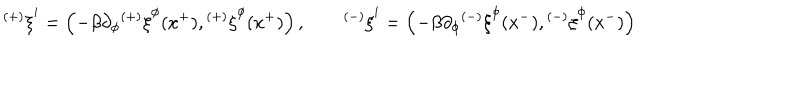
{ ^ { ( + ) } \xi } ^ { i } = \left( - \beta \partial _ { \phi } { ^ { ( + ) } \xi } ^ { \phi } ( x ^ { + } ) , { ^ { ( + ) } \xi } ^ { \phi } ( x ^ { + } ) \right) , \qquad { ^ { ( - ) } \xi } ^ { i } = \left( - \beta \partial _ { \phi } { ^ { ( - ) } \xi } ^ { \phi } ( x ^ { - } ) , { ^ { ( - ) } \xi } ^ { \phi } ( x ^ { - } ) \right)